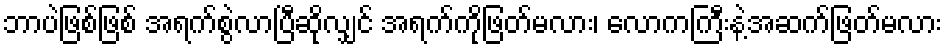
ဘာပဲဖြစ်ဖြစ် အရက်စွဲလာပြီဆိုလျှင် အရက်ကိုဖြတ်မလား၊ လောကကြီးနဲ့အဆက်ဖြတ်မလား